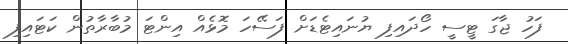
ފަހު ޖާގަ ޓީސީ ހޯދައިފި ޔުނައިޓެޑަށް ފަސޭހަ މޮޅެއް އިންޓަ މުބާރާތުން ކަޓައިފި